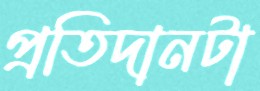
প্রতিদানটা